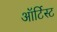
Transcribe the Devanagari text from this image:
ऑर्टिस्ट